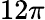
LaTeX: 12\pi